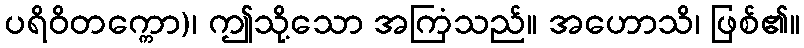
ပရိဝိတက္ကော)၊ ဤသို့သော အကြံသည်။ အဟောသိ၊ ဖြစ်၏။